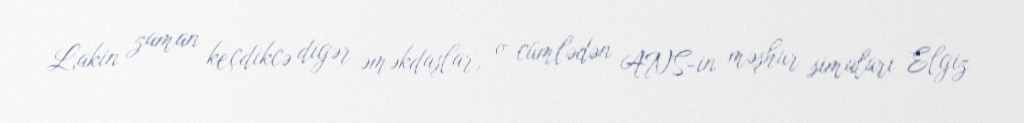
Lakin zaman keçdikcə digər əməkdaşlar, o cümlədən ANS-in məşhur simaları Elgiz